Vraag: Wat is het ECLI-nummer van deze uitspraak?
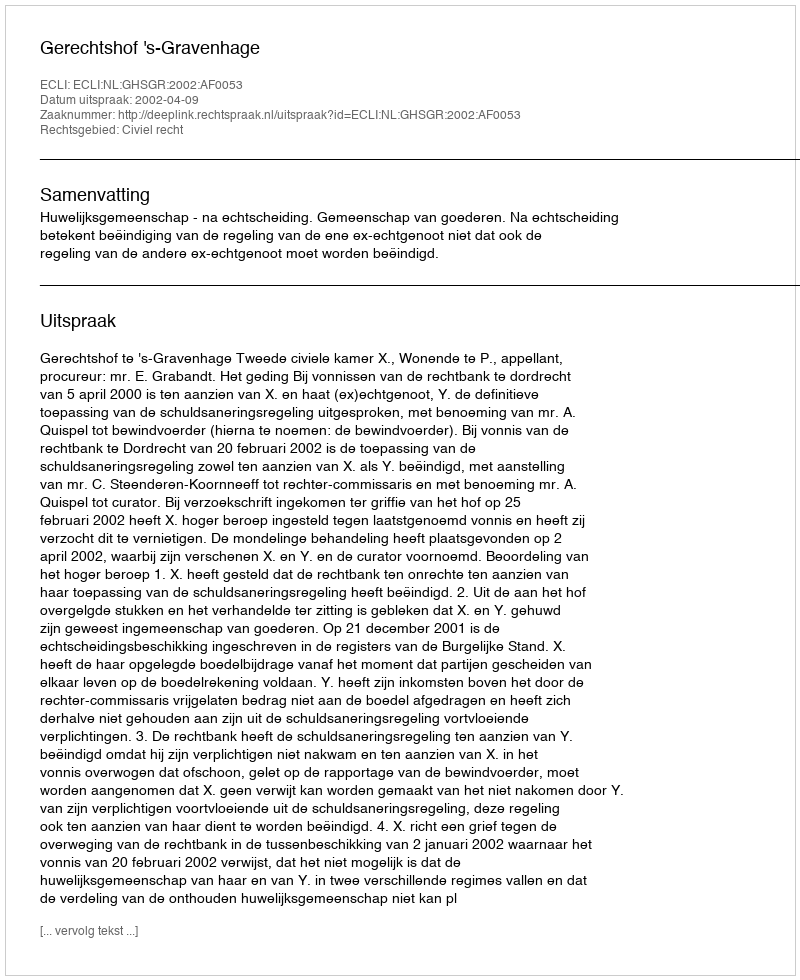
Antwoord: ECLI:NL:GHSGR:2002:AF0053